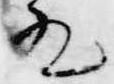
殿